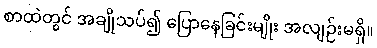
စာထဲတွင် အချိုသပ်၍ ပြောနေခြင်းမျိုး အလျဉ်းမရှိ။